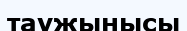
таужынысы